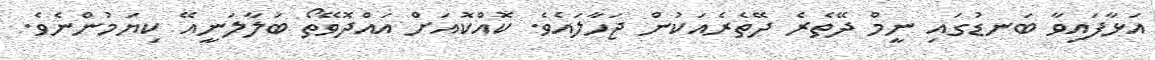
އަޅާފައިވާ ބަނޑުގައި ނީމް ދޭތެރެ ދޭތެރެއަކުން ޖަހާލައެވެ. ކޮއްކޮއަށް އައްދޮވޭތޯ ބަލާލަނީއޭ ކިޔަމުންނެވެ.